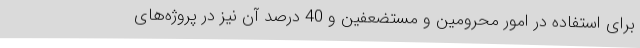
برای استفاده در امور محرومین و مستضعفین و 40 درصد آن نیز در پروژه‌های